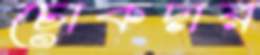
চোকদার